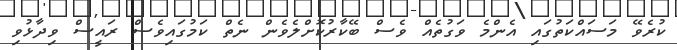
ކުރެވޭ މަސައްކަތުގައި އެންމެ ވަގުތެއްް ވެސް ބޭކާރުކޮށްލެވެން ނެތް ކަމުގައިވެސް ރައީސް ވިދާޅުވި